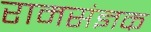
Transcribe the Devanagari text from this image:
रामसंज्ञक